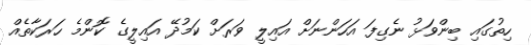
ހިތުގައި ބިންވަޅު ނެގިފަ އަހަންނަށް އައިލީ ވަރަށް ކަމުދޭ އައިލީގެ ކޮންމެ ހަރަކާތެއް